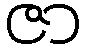
ဇာ